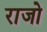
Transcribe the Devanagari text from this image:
राजो